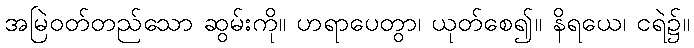
အမြဲဝတ်တည်သော ဆွမ်းကို။ ဟရာပေတွာ၊ ယုတ်စေ၍။ နိရယေ၊ ငရဲ၌။